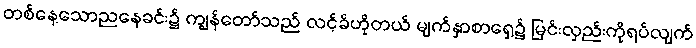
တစ်နေ့သောညနေခင်း၌ ကျွန်တော်သည် လင့်ခ်ဟိုတယ် မျက်နှာစာရှေ့၌ မြင်းလှည်းကိုရပ်လျက်